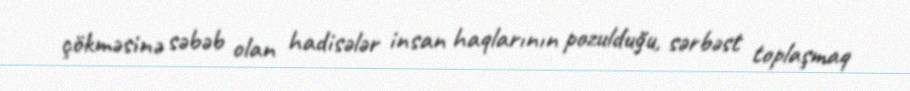
çökməsinə səbəb olan hadisələr insan haqlarının pozulduğu, sərbəst toplaşmaq